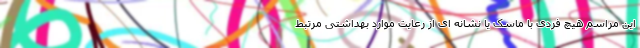
این مراسم هیچ فردی با ماسک یا نشانه ای از رعایت موارد بهداشتی مرتبط